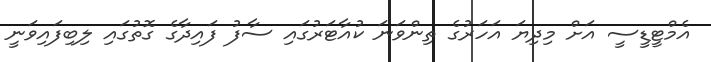
އެމްޓީޑީސީ އަށް މިދިޔަ އަހަރުގެ ތިންވަނަ ކުއާޓަރުގައި ސާފު ފައިދާގެ ގޮތުގައި ލިބިފައިވަނީ